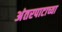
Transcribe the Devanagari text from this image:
अंतरपाटाच्या